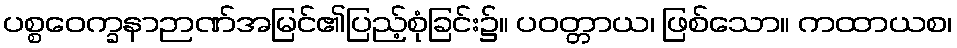
ပစ္စဝေက္ခနာဉာဏ်အမြင်၏ပြည့်စုံခြင်း၌။ ပဝတ္တာယ၊ ဖြစ်သော။ ကထာယစ၊